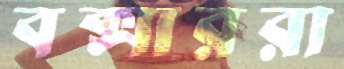
বক্সাররা